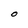
Character: O